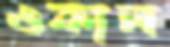
ওকাল